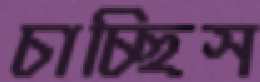
চাচ্ছিস